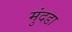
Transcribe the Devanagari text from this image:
मुंदडा